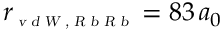
r _ { \scriptscriptstyle \textsl { v d W , R b R b } } = 8 3 \, a _ { 0 }